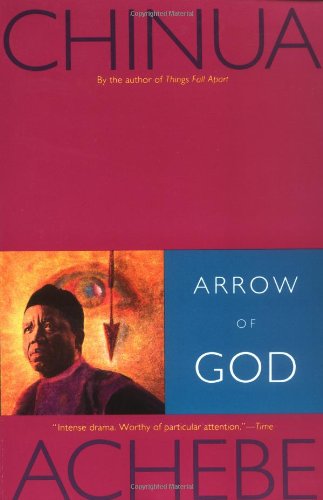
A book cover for Arrow of God; Chinua Achebe; Literature & Fiction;